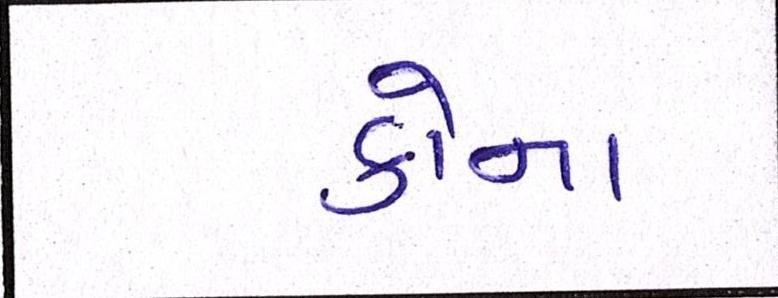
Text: કોના